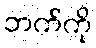
ဘက်ကို